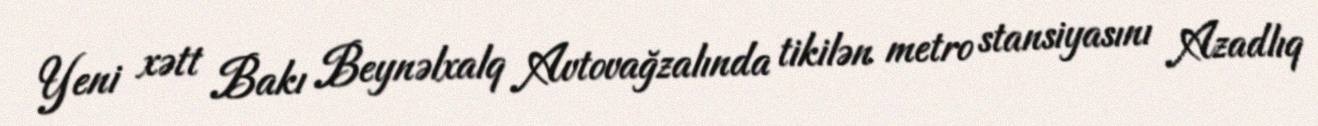
Yeni xətt Bakı Beynəlxalq Avtovağzalında tikilən metro stansiyasını Azadlıq